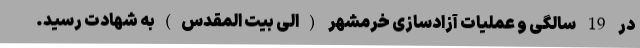
در 19 سالگی و عملیات آزادسازی خرمشهر (الی بیت المقدس)به شهادت رسید.